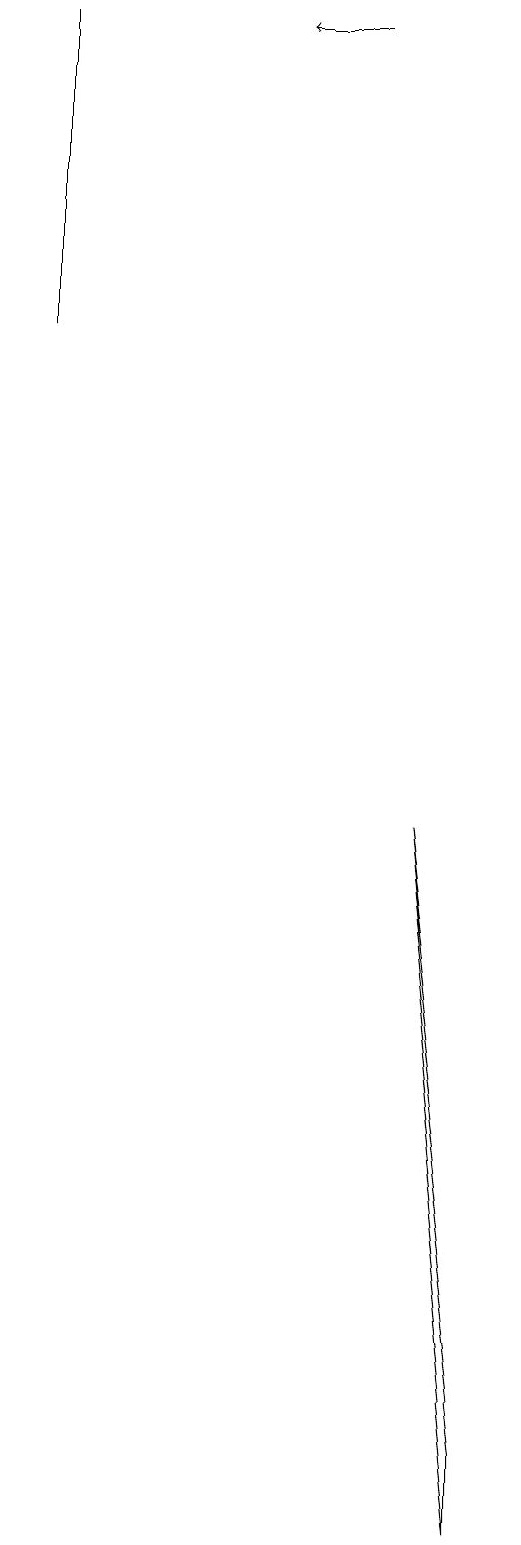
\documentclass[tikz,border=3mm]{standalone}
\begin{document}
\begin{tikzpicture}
\draw[->] (4,19) -- (3,19);
\draw (6,0) -- (5,9) -- (6,1) -- cycle;
\draw (0,15) rectangle (0,19);
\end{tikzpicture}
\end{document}